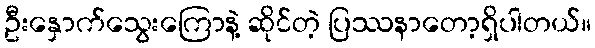
ဦးနှောက်သွေးကြောနဲ့ ဆိုင်တဲ့ ပြဿနာတော့ရှိပါတယ်။